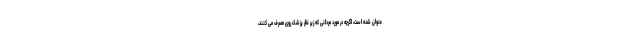
عنوان شده است، اگرچه در مورد مردانی که زیر نظر پزشک روی مصرف می کنند،